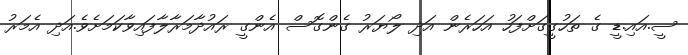
ސީ.އައި.ޑީ ގެ ތަހުގީގަށްފަހު އަހަރެން އަދި ލޯޔަރު ގެންގޮސް އެންގީ ރައުދާމަރާލާފައިވާކަމަށެވެ.އަދި އެމަރު